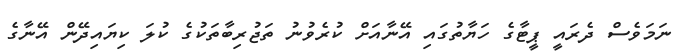
ނަމަވެސް ދެރައީ ޕީޓާގެ ހަޔާތުގައި އޭނާއަށް ކުރެވުނު ތަޖުރިބާތަކުގެ ކުލަ ކިޔައިދޭން އޭނާގެ